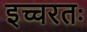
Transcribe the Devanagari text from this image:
इच्चरतः